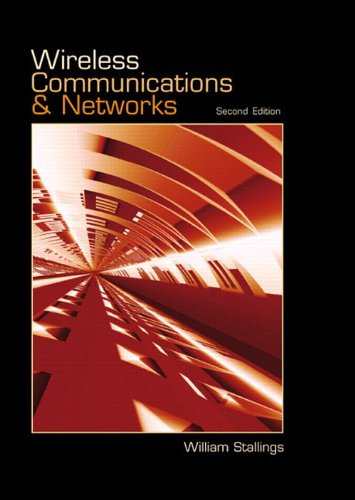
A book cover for Wireless Communications & Networks (2nd Edition); William Stallings; Computers & Technology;